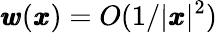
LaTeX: {\pmb w}({\pmb x})=O(1/|{\pmb x}|^{2})